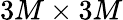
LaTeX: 3M\times 3M